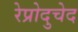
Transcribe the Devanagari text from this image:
रेप्रोदुचेद